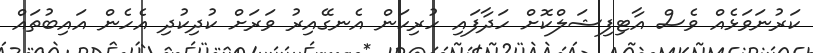
ކަރުނަވަޅެއް ވެސް އާޓިފިޝަލްކޮށް ހަދާފައި ހުރިކަން އެނގޭއިރު ވަރަށް ކުދިކުދި އެހެން އައިބުތައް